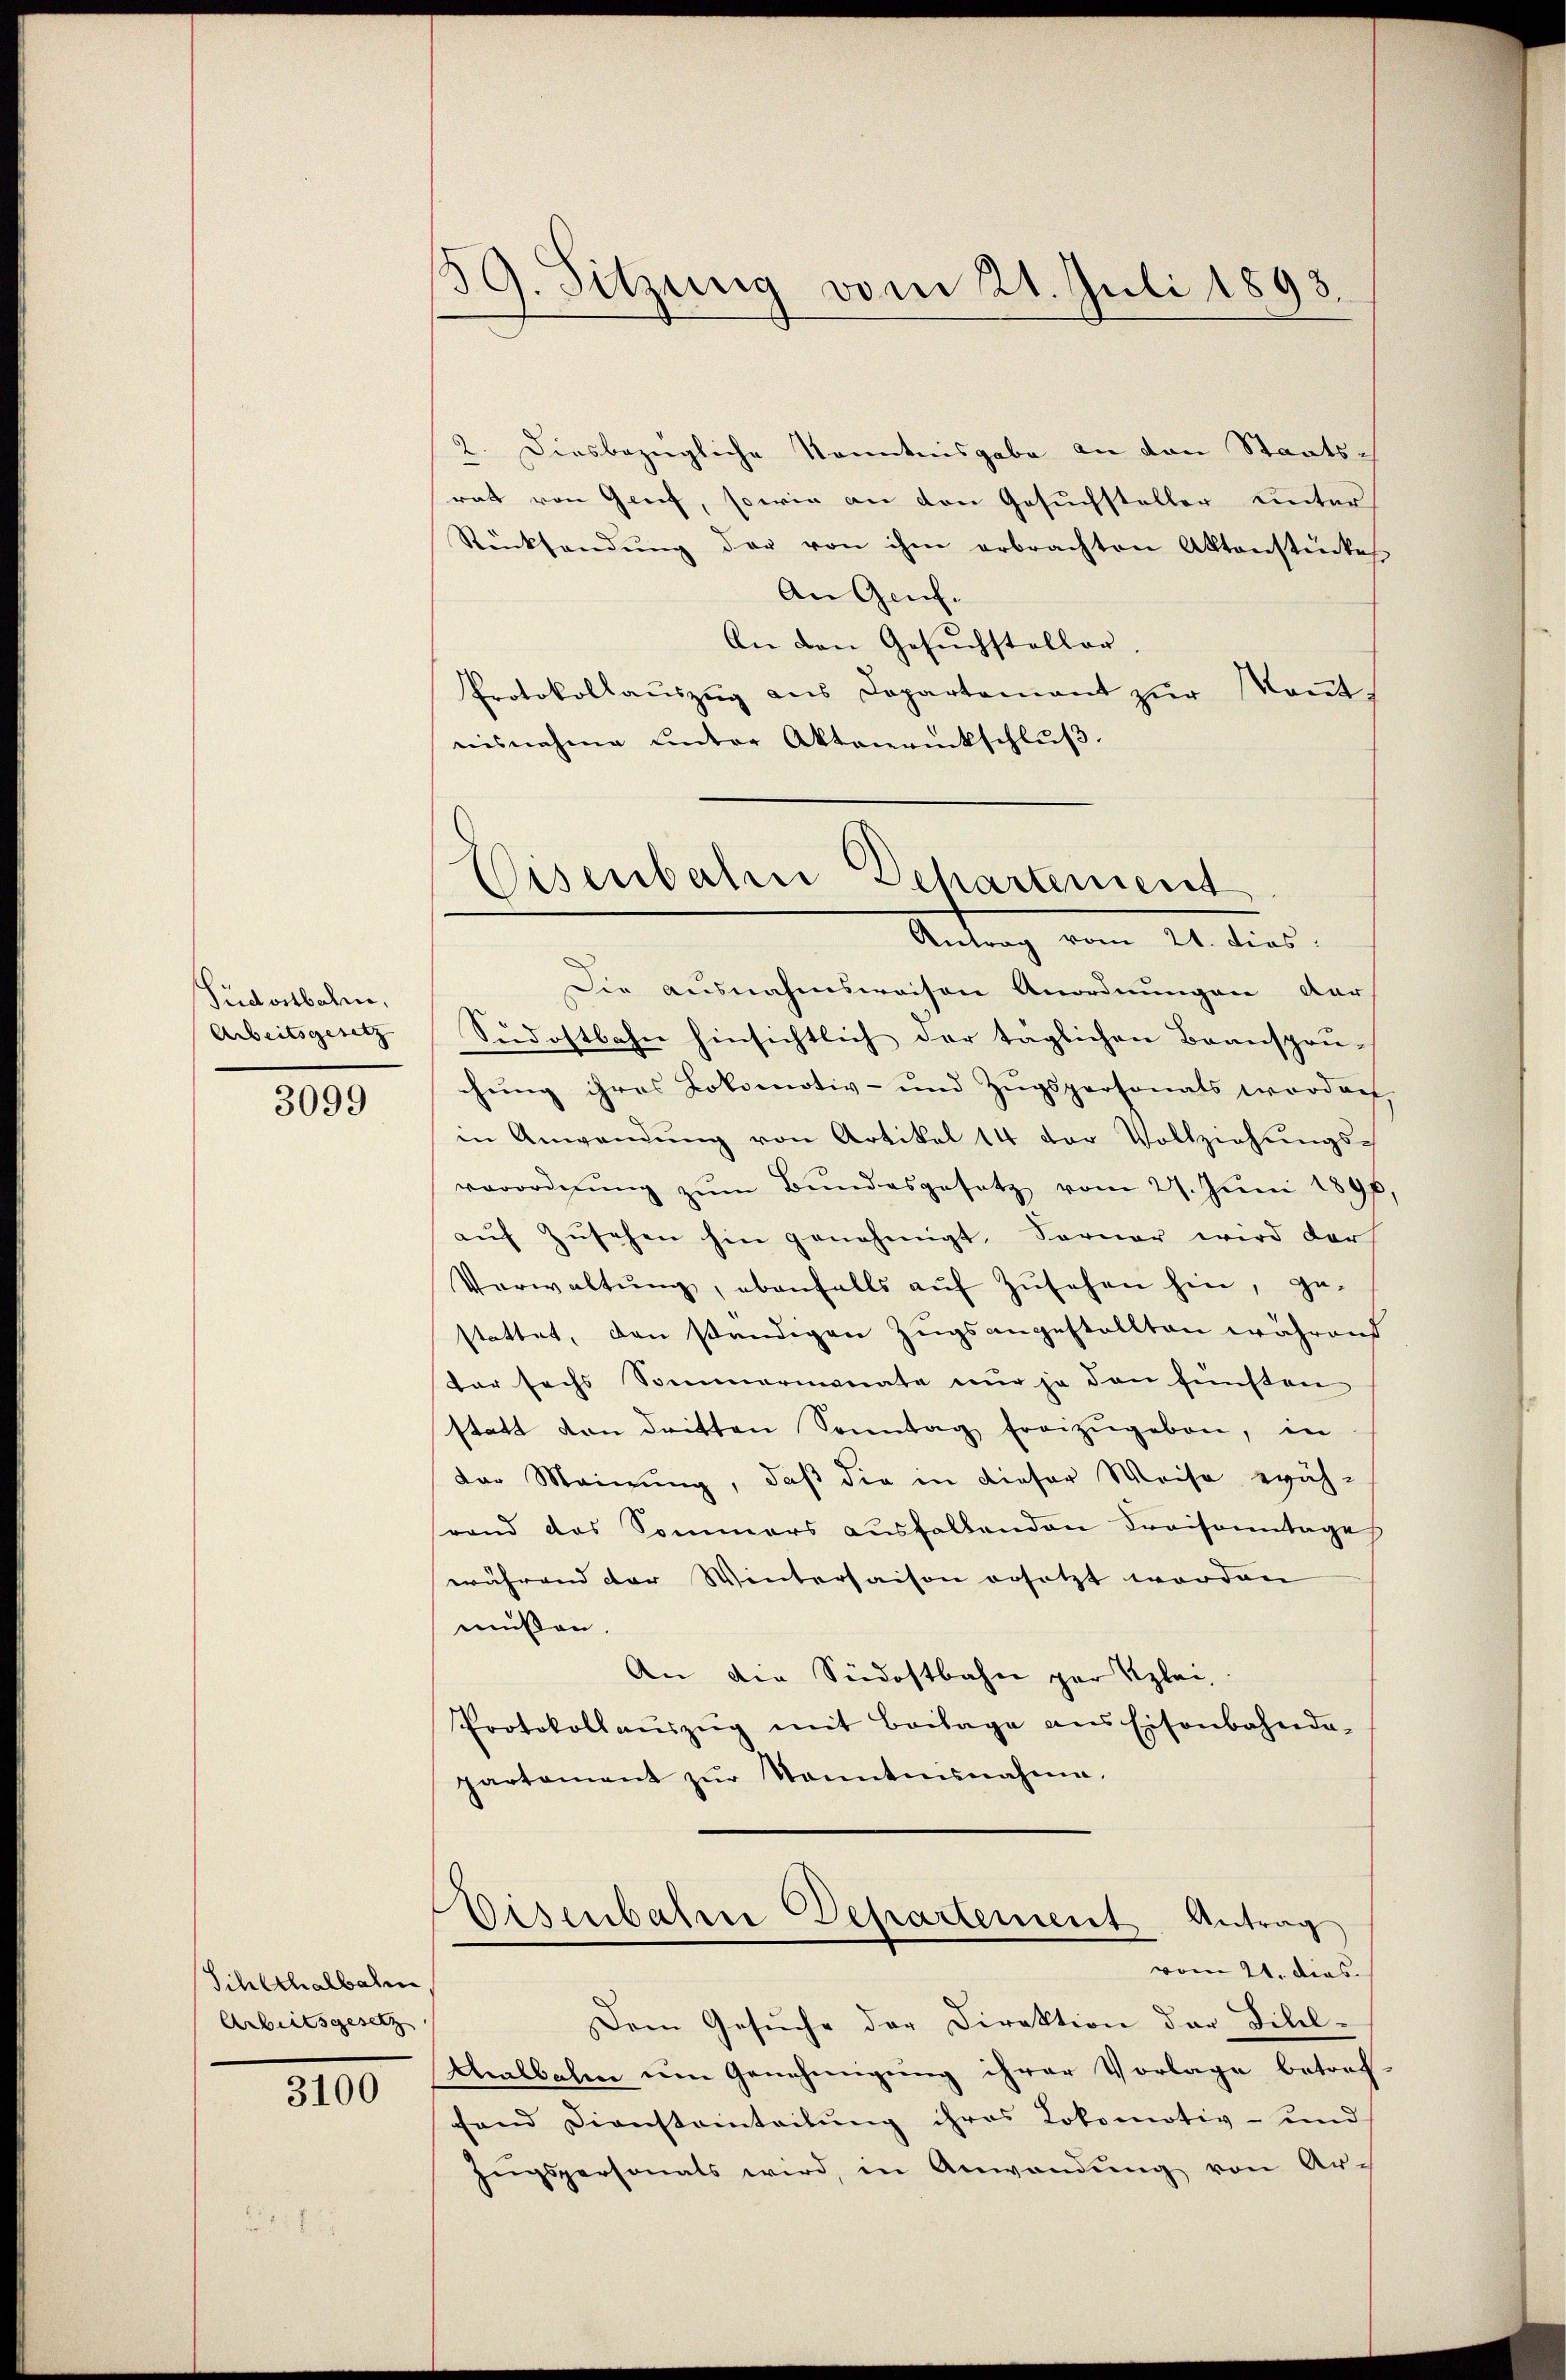
Püdostbahn,
Arbeitsgesetz |

3099

Schlthalbahr
Arbeitsgesetz

3100

139. Sitzung vom 21. Juli 1898.

2. Diesbezügliche Kenntnisgabe an den Staats-
rat von Genf, sowie an den Gesuchsteller unter
Rücksendŭng der von ihm erbrachten Aktenstückes
An Genf.
An den Gesuchsteller,
Protokollaŭszŭg ans Departement zŭr Keṅt-
nisnahme unter Aktenrückschluß.
Die ausnahmsweisen Anordnungen dar
Südostbahn hinsichtlich der täglichen Beanspru- |
chung ihres Lokomotiv- und Zugspersonats worden,
in Anwendŭng von Artikel 14 der Vollziehŭngs-
verordnung zum Bundesgesetz vom 27. Juni 1896
aŭf Zŭsehen hin genehmigt. Ferner wird der
Verwaltŭng, ebenfalls aŭf Zŭsehen hin, ge-
stattet, den ständigen Zugs angestellten während
tar sechs Sommermonate nur ja den fünsten
statt von dritten Sonntag freizugeben, in
der Meinung, daß die in dieser Weise wäh-
rand das Sommers ausfallenden Kraisonntage
während der Wintersaison ersetzt worden
müßen
An die Südostbahn par Klei¬
Protokollaŭszŭg mit Beilage ans Eisenbahnda-
partament zŭr Kenntnisnahme.

Eisenbahn Behartement
Antrag vom 21. dies

Dem Gesŭche der Direktion der Bibel-
Malbalen um Genehmigung ihrer Vorlage betref
fand Diensteinteilung ihres Lokomotiv- und
Ingspersonats wird, in Anwendŭng von Ar-

Eisenbahre Departement Antrag
vom 21. dies